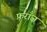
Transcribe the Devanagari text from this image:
फ़राँज़